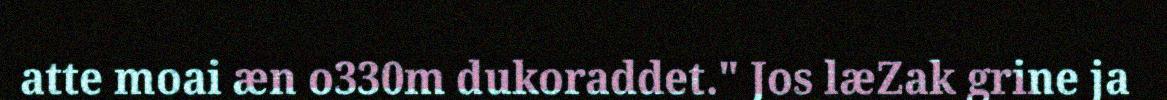
atte moai æn o330m dukoraddet." Jos læZak grine ja